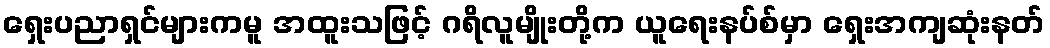
ရှေးပညာရှင်များကမူ အထူးသဖြင့် ဂရိလူမျိုးတို့က ယူရေးနပ်စ်မှာ ရှေးအကျဆုံးနတ်